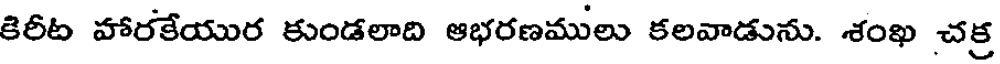
కిరీట హారకేయుర కుండలాది ఆభరణములు కలవాడును. శంఖ చక్ర